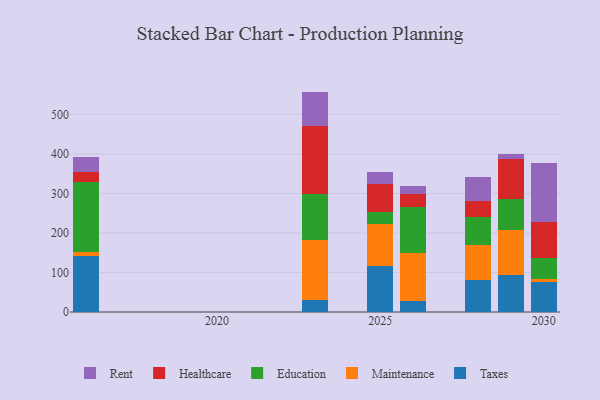
{"axis": {"x": "Year", "y": "Backlog"}, "legend": ["Education", "Healthcare", "Maintenance", "Rent", "Taxes"], "data": [{"x": "2025", "y": 115.3, "type": "Taxes"}, {"x": "2025", "y": 106.7, "type": "Maintenance"}, {"x": "2025", "y": 31.8, "type": "Education"}, {"x": "2025", "y": 69.3, "type": "Healthcare"}, {"x": "2025", "y": 32.4, "type": "Rent"}, {"x": "2026", "y": 26.7, "type": "Taxes"}, {"x": "2026", "y": 122.1, "type": "Maintenance"}, {"x": "2026", "y": 118.0, "type": "Education"}, {"x": "2026", "y": 32.9, "type": "Healthcare"}, {"x": "2026", "y": 19.7, "type": "Rent"}, {"x": "2029", "y": 93.9, "type": "Taxes"}, {"x": "2029", "y": 114.7, "type": "Maintenance"}, {"x": "2029", "y": 77.0, "type": "Education"}, {"x": "2029", "y": 100.9, "type": "Healthcare"}, {"x": "2029", "y": 13.7, "type": "Rent"}, {"x": "2028", "y": 80.1, "type": "Taxes"}, {"x": "2028", "y": 88.3, "type": "Maintenance"}, {"x": "2028", "y": 71.9, "type": "Education"}, {"x": "2028", "y": 39.8, "type": "Healthcare"}, {"x": "2028", "y": 62.0, "type": "Rent"}, {"x": "2030", "y": 77.1, "type": "Taxes"}, {"x": "2030", "y": 5.6, "type": "Maintenance"}, {"x": "2030", "y": 53.6, "type": "Education"}, {"x": "2030", "y": 91.4, "type": "Healthcare"}, {"x": "2030", "y": 148.6, "type": "Rent"}, {"x": "2016", "y": 143.0, "type": "Taxes"}, {"x": "2016", "y": 8.7, "type": "Maintenance"}, {"x": "2016", "y": 178.3, "type": "Education"}, {"x": "2016", "y": 25.3, "type": "Healthcare"}, {"x": "2016", "y": 36.0, "type": "Rent"}, {"x": "2023", "y": 29.3, "type": "Taxes"}, {"x": "2023", "y": 152.2, "type": "Maintenance"}, {"x": "2023", "y": 117.6, "type": "Education"}, {"x": "2023", "y": 171.6, "type": "Healthcare"}, {"x": "2023", "y": 87.1, "type": "Rent"}]}